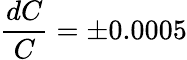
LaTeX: \frac{dC}{C}=\pm 0.0005